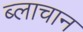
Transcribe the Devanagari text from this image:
ब्लाचान